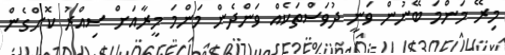
މިރޭ މަންމަ ބޭނުން ވަނީ ދުވަސްތަކެއް ވަންދެން މަންމަ މީރާއަށް ސިއްރު ކޮށްގެން